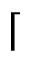
\lceil